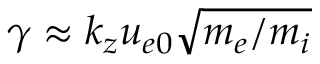
\gamma \approx k _ { z } u _ { e 0 } \sqrt { m _ { e } / m _ { i } }